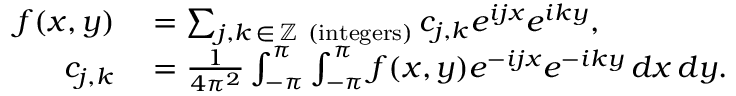
\begin{array} { r l } { f ( x , y ) } & { { } = \sum _ { j , k \, \in \, \mathbb { Z } { \mathrm { ~ ( i n t e g e r s ) } } } c _ { j , k } e ^ { i j x } e ^ { i k y } , } \\ { c _ { j , k } } & { { } = { \frac { 1 } { 4 \pi ^ { 2 } } } \int _ { - \pi } ^ { \pi } \int _ { - \pi } ^ { \pi } f ( x , y ) e ^ { - i j x } e ^ { - i k y } \, d x \, d y . } \end{array}